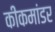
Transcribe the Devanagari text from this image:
कीकमांडर